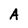
Character: A